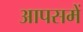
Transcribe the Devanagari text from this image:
आपसमें